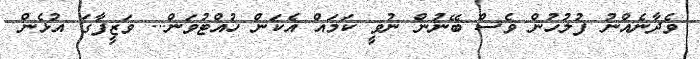
ވެދާނެއްނު ފުލުހުން ވެސް ބޭނުން ނުވީ ކަމައް އެކަން ހުއްޓުވަން... ވަޒީފާގަ އުޅެން